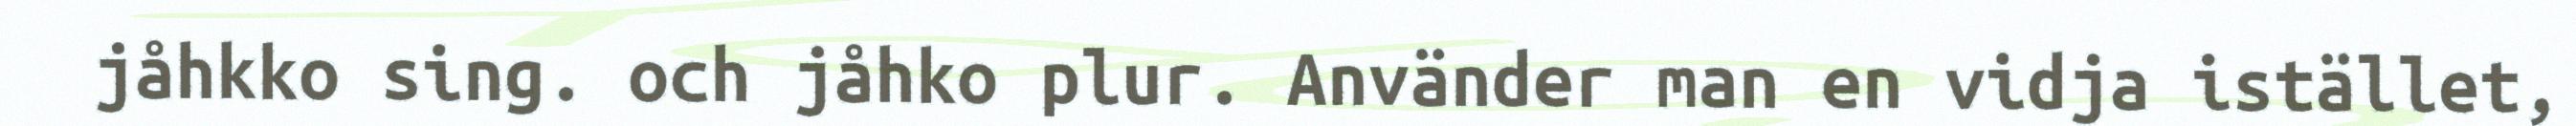
jåhkko sing. och jåhko plur. Använder man en vidja istället,